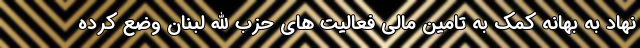
نهاد به بهانه کمک به تامین مالی فعالیت های حزب الله لبنان وضع کرده